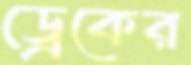
ড্রেকের